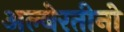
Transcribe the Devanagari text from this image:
अल्बेरतीनो